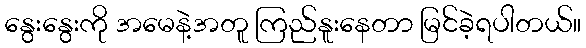
နွေးနွေးကို အမေနဲ့အတူ ကြည်နူးနေတာ မြင်ခဲ့ရပါတယ်။